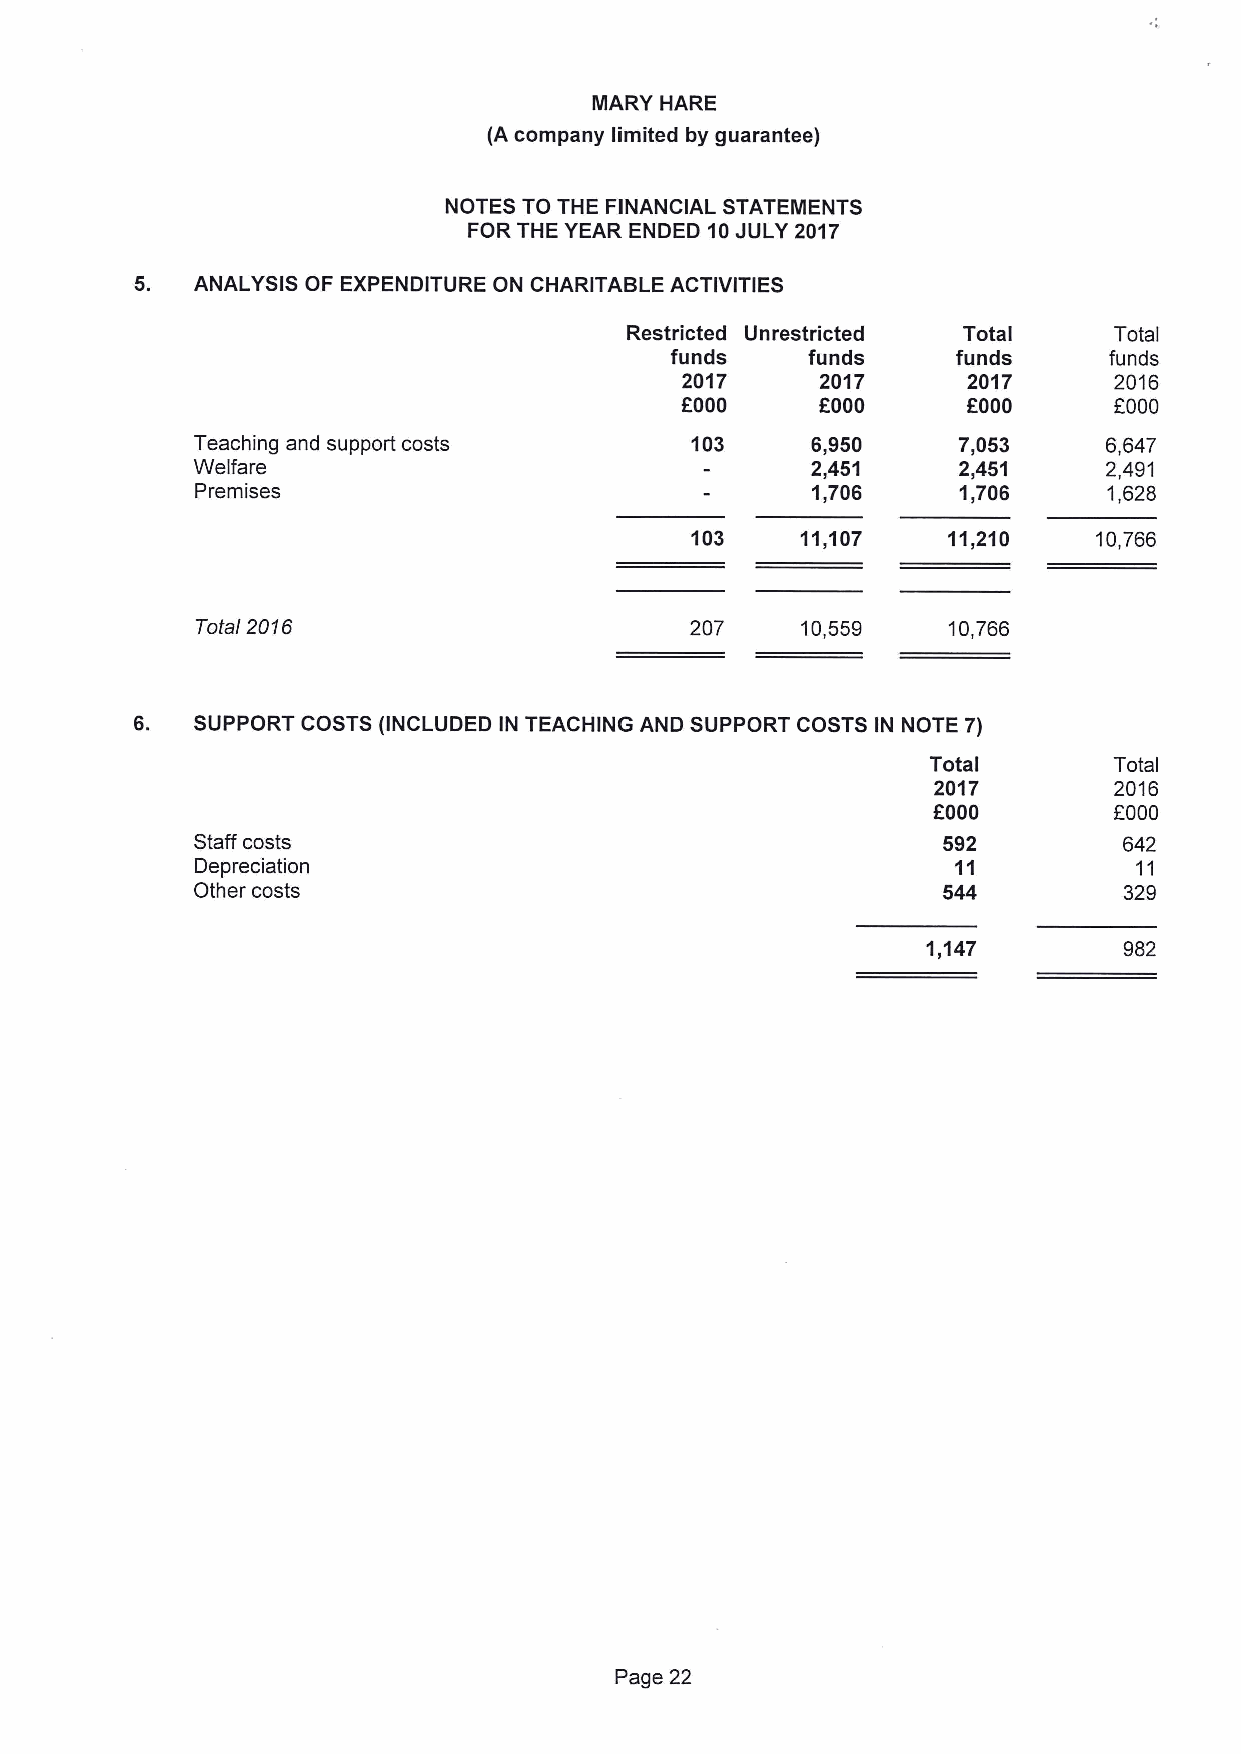
MARY HARE
 (A company limited by guarantee)
 NOTES TO THE FINANCIAL STATEIIENTS
 FOR THE YEAR ENDED 10JULY 2017
 ANALYSIS OF EXPENDITURE ON CHARITABLE ACTIVITIES
 Restricted Unrestricted Total    Total
 funds    funds     funds     funds
 2017     2017      2017      2016
 f000     f000      f000      f000
 Teaching and support costs       103     6,950    7,053     6,647
 Welfare                                  2,451    2,451     2,491
 Premises                                 1,706    1,706     1,628
 103    11,107    11,210   10,766
 Total 2016                       207    10,559    10,766
 6.  SUPPORT COSTS (INCLUDED IN TEACHING AND SUPPORT COSTS IN NOTE 7)
 Total       Total
 2017        2016
 f
 f000         000
 Staff costs                                      592         642
 Depreciation                                      11          11
 Other costs                                      544         329
 1,147        982
 Page 22